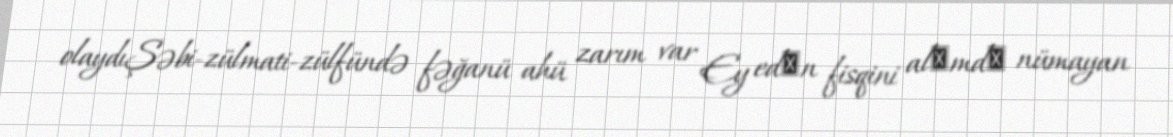
olaydıŞəbi-zülmati-zülfündə fəğanü ahü zarım var Ey edәn fisqini alәmdә nümayan